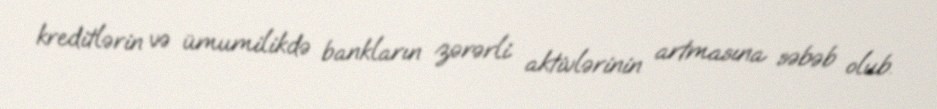
kreditlərin və ümumilikdə bankların zərərli aktivlərinin artmasına səbəb olub.